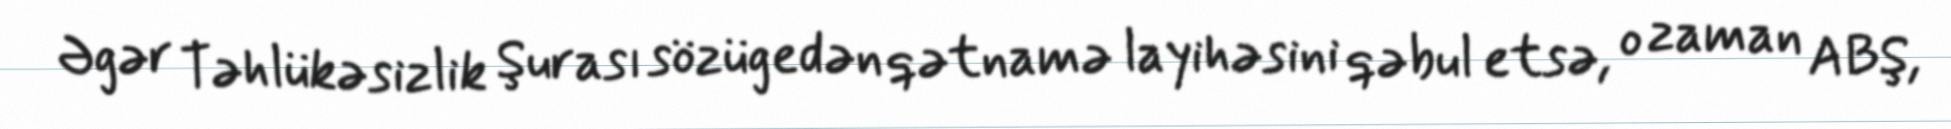
Əgər Təhlükəsizlik Şurası sözügedən qətnamə layihəsini qəbul etsə, o zaman ABŞ,